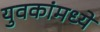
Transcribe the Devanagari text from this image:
युवकांमध्ये